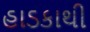
હાડકાથી